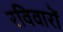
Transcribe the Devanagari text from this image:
रविवारों